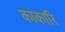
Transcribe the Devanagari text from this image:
काकारि